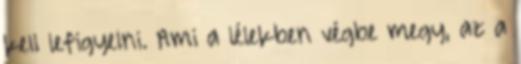
kell lefigyelni. Ami a lélekben végbe megy, az a